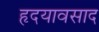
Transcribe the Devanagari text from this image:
हृदयावसाद